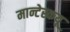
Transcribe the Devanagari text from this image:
मान्टेस्कयू